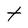
Character: t